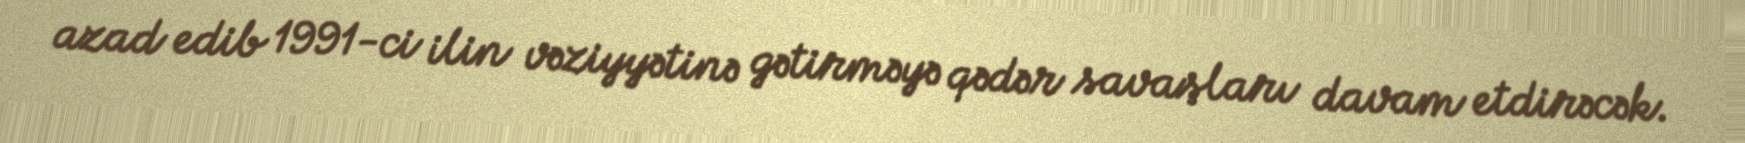
azad edib 1991-ci ilin vəziyyətinə gətirməyə qədər savaşları davam etdirəcək.